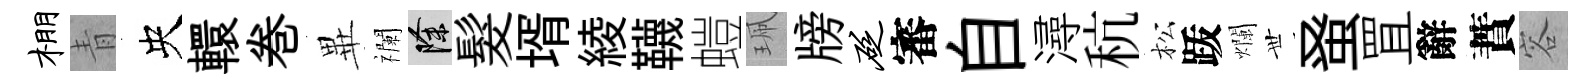
棚青央轘巻𭺾襴除髮壻綾韈螘珮牓砭審自潯秔松䟦爛𠀍𫊫罝辭蕡容